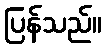
ပြန်သည်။